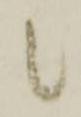
候